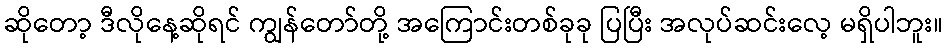
ဆိုတော့ ဒီလိုနေ့ဆိုရင် ကျွန်တော်တို့ အကြောင်းတစ်ခုခု ပြပြီး အလုပ်ဆင်းလေ့ မရှိပါဘူး။